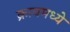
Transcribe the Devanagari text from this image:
क्रायमध्ये